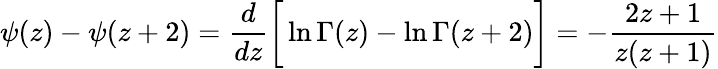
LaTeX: \psi(z)-\psi(z+2)=\frac{d}{dz}\bigg[\ln\Gamma(z)-\ln\Gamma(z+2)\bigg]=-\frac{2z+1}{z(z+1)}